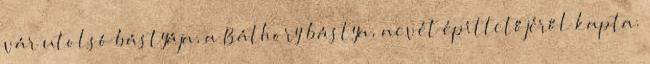
vár utolsó bástyája, a Báthory bástya, nevét építtetőjéről kapta.